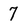
Character: 7